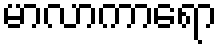
မာလာကာရော